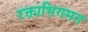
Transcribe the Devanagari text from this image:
रक्ताभिगमन